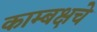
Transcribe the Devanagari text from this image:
काम्बक्षचे